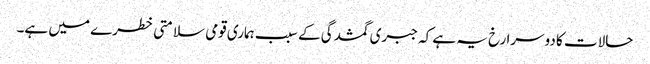
حالات کا دوسرا رخ یہ ہے کہ جبری گمشدگی کے سبب ہماری قومی سلامتی خطرے میں ہے۔